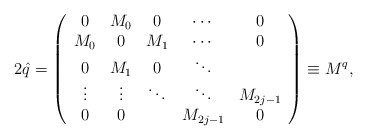
\begin{align*}2\hat q = \left( {\begin{array}{*{20}c} 0 & {M_0 } & 0 & \cdots & 0 \\ {M_0 } & 0 & {M_1 } & \cdots & 0 \\ 0 & {M_1 } & 0 & \ddots & {} \\ \vdots & \vdots & \ddots & \ddots & {M_{2j - 1} } \\ 0 & 0 & {} & {M_{2j - 1} } & 0 \\\end{array}} \right) \equiv M^q,\end{align*}